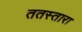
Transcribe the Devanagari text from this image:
ततस्तारा